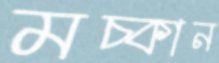
মচ্‌কান